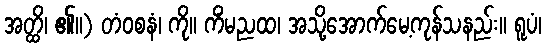
အတ္ထိ၊ ၏။) တံဝစနံ၊ ကို။ ကိံမညထ၊ အသို့အောက်မေ့ကုန်သနည်း။ ရူပံ၊